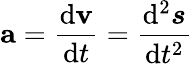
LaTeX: {\textbf{a}}={\frac{\mathrm{d}{\textbf{v}}}{\mathrm{d}t}}={\frac{\mathrm{d}^{2}{\boldsymbol{s}}}{\mathrm{d}t^{2}}}